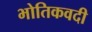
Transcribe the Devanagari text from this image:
भोतिकवदी